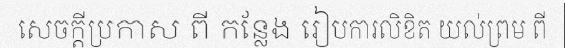
សេចក្តីប្រកាស ពី កន្លែង រៀបការលិខិត យល់ព្រម ពី